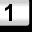
Digit: 1